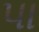
પા